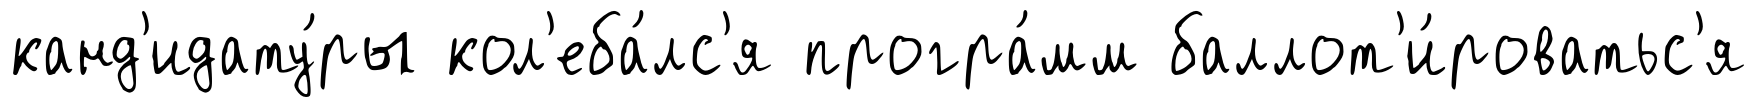
канд'идату́ры кол'еба́лс'я програ́мм баллот'и́роватьс'я